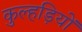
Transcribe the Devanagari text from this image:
कुल्हड़ियों